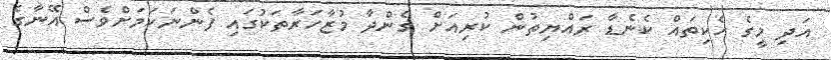
އަދި މީގެ ހެކިތައް ކެނެޑާ ރައްޔިތުން ކުރިއަށް ގެންދާ މުޒާހަރާތަކުގައި ފެންނަކަމަށްވެސް އޭނާގެ